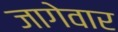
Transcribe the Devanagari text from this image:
जागेवार